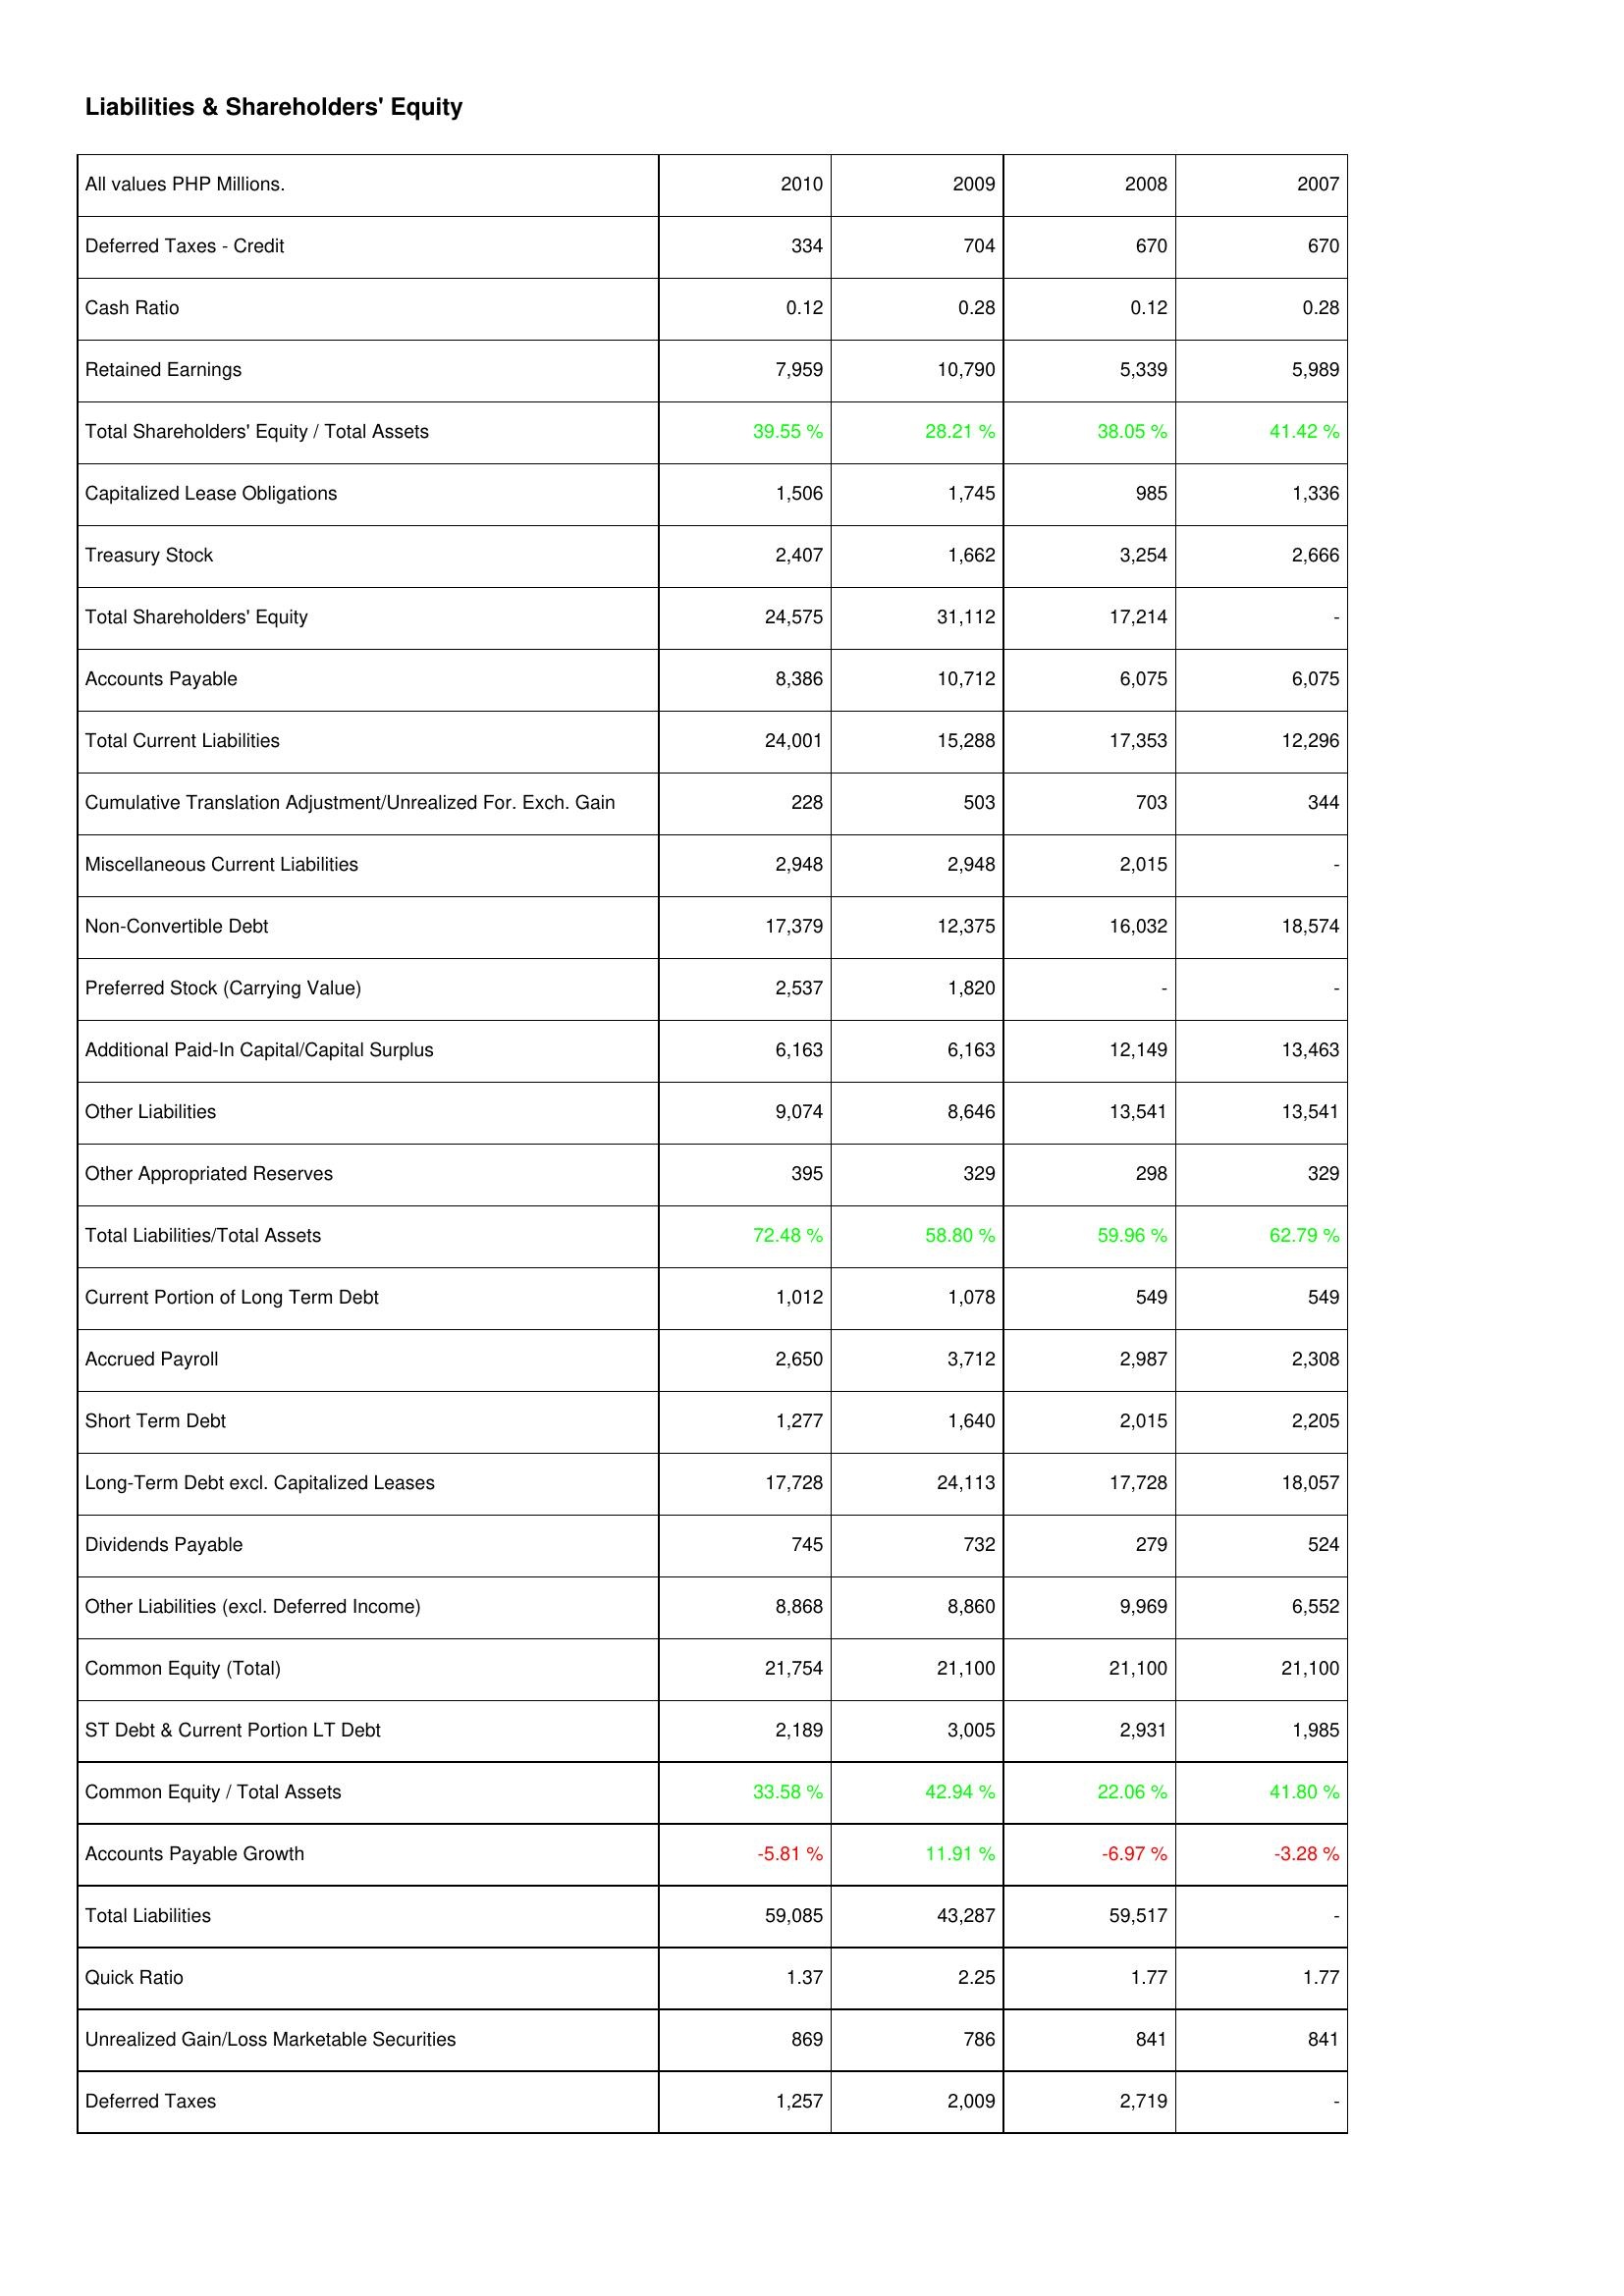
2010: Liabilities & Shareholders' Equity: Deferred Taxes - Credit: 334
Cash Ratio: 0.12
Retained Earnings: 7,959
Total Shareholders' Equity / Total Assets: 39.55 %
Capitalized Lease Obligations: 1,506
Treasury Stock: 2,407
Total Shareholders' Equity: 24,575
Accounts Payable: 8,386
Total Current Liabilities: 24,001
Cumulative Translation Adjustment/Unrealized For. Exch. Gain: 228
Miscellaneous Current Liabilities: 2,948
Non-Convertible Debt: 17,379
Preferred Stock (Carrying Value): 2,537
Additional Paid-In Capital/Capital Surplus: 6,163
Other Liabilities: 9,074
Other Appropriated Reserves: 395
Total Liabilities/Total Assets: 72.48 %
Current Portion of Long Term Debt: 1,012
Accrued Payroll: 2,650
Short Term Debt: 1,277
Long-Term Debt excl. Capitalized Leases: 17,728
Dividends Payable: 745
Other Liabilities (excl. Deferred Income): 8,868
Common Equity (Total): 21,754
ST Debt & Current Portion LT Debt: 2,189
Common Equity / Total Assets: 33.58 %
Accounts Payable Growth: -5.81 %
Total Liabilities: 59,085
Quick Ratio: 1.37
Unrealized Gain/Loss Marketable Securities: 869
Deferred Taxes: 1,257
2009: Liabilities & Shareholders' Equity: Deferred Taxes - Credit: 704
Cash Ratio: 0.28
Retained Earnings: 10,790
Total Shareholders' Equity / Total Assets: 28.21 %
Capitalized Lease Obligations: 1,745
Treasury Stock: 1,662
Total Shareholders' Equity: 31,112
Accounts Payable: 10,712
Total Current Liabilities: 15,288
Cumulative Translation Adjustment/Unrealized For. Exch. Gain: 503
Miscellaneous Current Liabilities: 2,948
Non-Convertible Debt: 12,375
Preferred Stock (Carrying Value): 1,820
Additional Paid-In Capital/Capital Surplus: 6,163
Other Liabilities: 8,646
Other Appropriated Reserves: 329
Total Liabilities/Total Assets: 58.80 %
Current Portion of Long Term Debt: 1,078
Accrued Payroll: 3,712
Short Term Debt: 1,640
Long-Term Debt excl. Capitalized Leases: 24,113
Dividends Payable: 732
Other Liabilities (excl. Deferred Income): 8,860
Common Equity (Total): 21,100
ST Debt & Current Portion LT Debt: 3,005
Common Equity / Total Assets: 42.94 %
Accounts Payable Growth: 11.91 %
Total Liabilities: 43,287
Quick Ratio: 2.25
Unrealized Gain/Loss Marketable Securities: 786
Deferred Taxes: 2,009
2008: Liabilities & Shareholders' Equity: Deferred Taxes - Credit: 670
Cash Ratio: 0.12
Retained Earnings: 5,339
Total Shareholders' Equity / Total Assets: 38.05 %
Capitalized Lease Obligations: 985
Treasury Stock: 3,254
Total Shareholders' Equity: 17,214
Accounts Payable: 6,075
Total Current Liabilities: 17,353
Cumulative Translation Adjustment/Unrealized For. Exch. Gain: 703
Miscellaneous Current Liabilities: 2,015
Non-Convertible Debt: 16,032
Preferred Stock (Carrying Value): -
Additional Paid-In Capital/Capital Surplus: 12,149
Other Liabilities: 13,541
Other Appropriated Reserves: 298
Total Liabilities/Total Assets: 59.96 %
Current Portion of Long Term Debt: 549
Accrued Payroll: 2,987
Short Term Debt: 2,015
Long-Term Debt excl. Capitalized Leases: 17,728
Dividends Payable: 279
Other Liabilities (excl. Deferred Income): 9,969
Common Equity (Total): 21,100
ST Debt & Current Portion LT Debt: 2,931
Common Equity / Total Assets: 22.06 %
Accounts Payable Growth: -6.97 %
Total Liabilities: 59,517
Quick Ratio: 1.77
Unrealized Gain/Loss Marketable Securities: 841
Deferred Taxes: 2,719
2007: Liabilities & Shareholders' Equity: Deferred Taxes - Credit: 670
Cash Ratio: 0.28
Retained Earnings: 5,989
Total Shareholders' Equity / Total Assets: 41.42 %
Capitalized Lease Obligations: 1,336
Treasury Stock: 2,666
Total Shareholders' Equity: -
Accounts Payable: 6,075
Total Current Liabilities: 12,296
Cumulative Translation Adjustment/Unrealized For. Exch. Gain: 344
Miscellaneous Current Liabilities: -
Non-Convertible Debt: 18,574
Preferred Stock (Carrying Value): -
Additional Paid-In Capital/Capital Surplus: 13,463
Other Liabilities: 13,541
Other Appropriated Reserves: 329
Total Liabilities/Total Assets: 62.79 %
Current Portion of Long Term Debt: 549
Accrued Payroll: 2,308
Short Term Debt: 2,205
Long-Term Debt excl. Capitalized Leases: 18,057
Dividends Payable: 524
Other Liabilities (excl. Deferred Income): 6,552
Common Equity (Total): 21,100
ST Debt & Current Portion LT Debt: 1,985
Common Equity / Total Assets: 41.80 %
Accounts Payable Growth: -3.28 %
Total Liabilities: -
Quick Ratio: 1.77
Unrealized Gain/Loss Marketable Securities: 841
Deferred Taxes: -